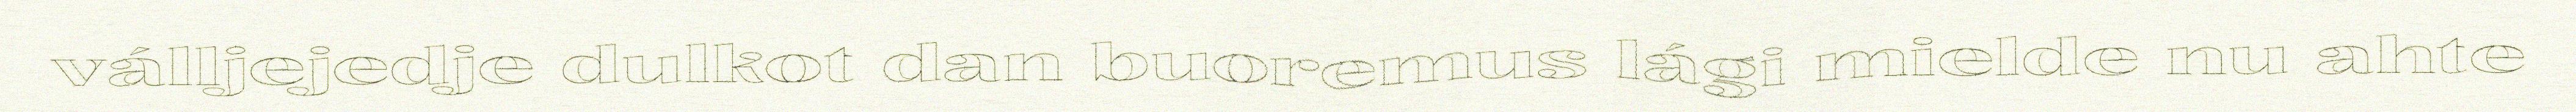
válljejedje dulkot dan buoremus lági mielde nu ahte